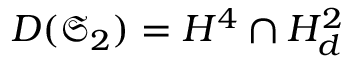
D ( \mathfrak { S } _ { 2 } ) = H ^ { 4 } \cap H _ { d } ^ { 2 }